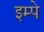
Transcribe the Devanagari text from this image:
इम्पे